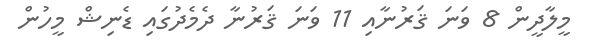
މީލާދީން 8 ވަނަ ޤަރުނާއި 11 ވަނަ ޤަރުނާ ދެމެދުގައި ޑެނިޝް މީހުން